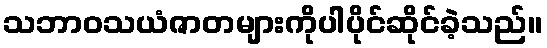
သဘာဝသယံဇာတများကိုပါပိုင်ဆိုင်ခဲ့သည်။